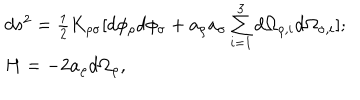
LaTeX: \begin{array} { l c r } { { d s ^ { 2 } = { \frac { 1 } { 2 } } K _ { \rho \sigma } [ d \phi _ { \rho } d \phi _ { \sigma } + a _ { \rho } a _ { \sigma } \sum _ { i = 1 } ^ { 3 } d \Omega _ { \rho , i } d \Omega _ { \sigma , i } ] ; } } \\ { { H = - 2 a _ { \rho } d \Omega _ { \rho } , } } \\ \end{array}